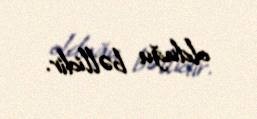
olduğu bəllidir.